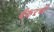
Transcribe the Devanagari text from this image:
बँकरची